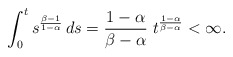
\begin{align*}\int_0^t s^{\frac{\beta-1}{1-\alpha}}\, ds= \frac{1-\alpha}{\beta-\alpha}\;t^{\frac{1-\alpha}{\beta-\alpha}}<\infty.\end{align*}